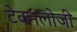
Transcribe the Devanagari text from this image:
टेक्नलोजी